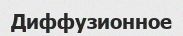
Диффузионное